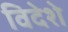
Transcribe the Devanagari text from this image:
विदेशे